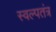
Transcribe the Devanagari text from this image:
स्वल्पतंत्र